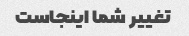
تغییر شما اینجاست